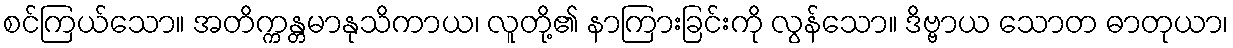
စင်ကြယ်သော။ အတိက္ကန္တမာနုသိကာယ၊ လူတို့၏ နာကြားခြင်းကို လွန်သော။ ဒိဗ္ဗာယ သောတ ဓာတုယာ၊